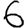
Digit: 6